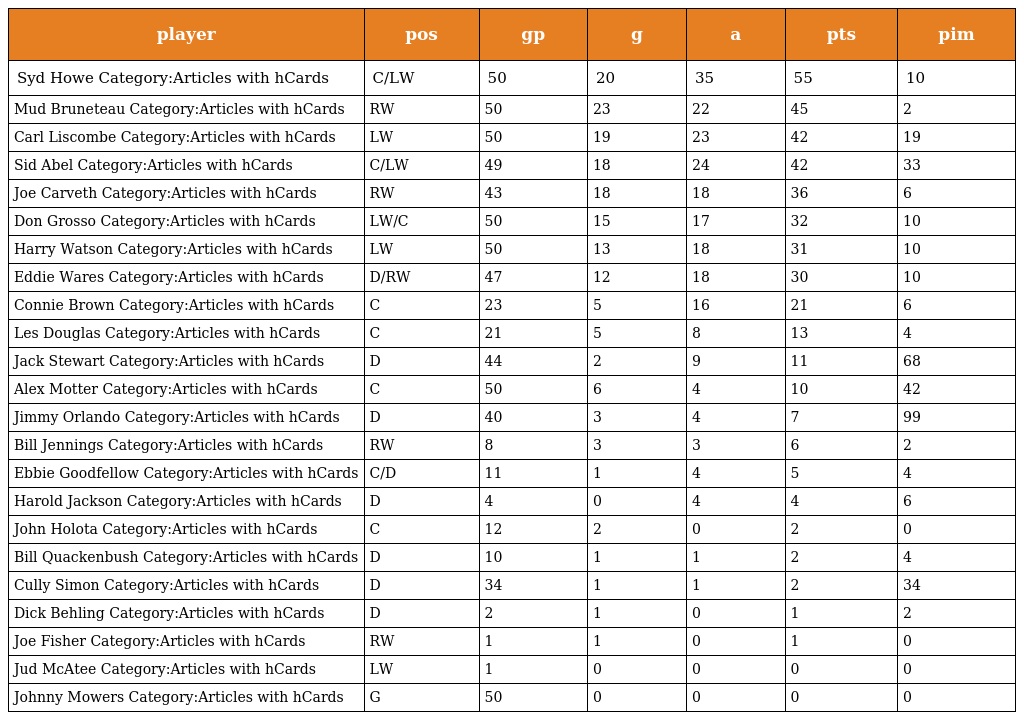
| player | pos | gp | g | a | pts | pim |
 | --- | --- | --- | --- | --- | --- | --- |
 | Syd Howe Category:Articles with hCards | C/LW | 50 | 20 | 35 | 55 | 10 |
 | Mud Bruneteau Category:Articles with hCards | RW | 50 | 23 | 22 | 45 | 2 |
 | Carl Liscombe Category:Articles with hCards | LW | 50 | 19 | 23 | 42 | 19 |
 | Sid Abel Category:Articles with hCards | C/LW | 49 | 18 | 24 | 42 | 33 |
 | Joe Carveth Category:Articles with hCards | RW | 43 | 18 | 18 | 36 | 6 |
 | Don Grosso Category:Articles with hCards | LW/C | 50 | 15 | 17 | 32 | 10 |
 | Harry Watson Category:Articles with hCards | LW | 50 | 13 | 18 | 31 | 10 |
 | Eddie Wares Category:Articles with hCards | D/RW | 47 | 12 | 18 | 30 | 10 |
 | Connie Brown Category:Articles with hCards | C | 23 | 5 | 16 | 21 | 6 |
 | Les Douglas Category:Articles with hCards | C | 21 | 5 | 8 | 13 | 4 |
 | Jack Stewart Category:Articles with hCards | D | 44 | 2 | 9 | 11 | 68 |
 | Alex Motter Category:Articles with hCards | C | 50 | 6 | 4 | 10 | 42 |
 | Jimmy Orlando Category:Articles with hCards | D | 40 | 3 | 4 | 7 | 99 |
 | Bill Jennings Category:Articles with hCards | RW | 8 | 3 | 3 | 6 | 2 |
 | Ebbie Goodfellow Category:Articles with hCards | C/D | 11 | 1 | 4 | 5 | 4 |
 | Harold Jackson Category:Articles with hCards | D | 4 | 0 | 4 | 4 | 6 |
 | John Holota Category:Articles with hCards | C | 12 | 2 | 0 | 2 | 0 |
 | Bill Quackenbush Category:Articles with hCards | D | 10 | 1 | 1 | 2 | 4 |
 | Cully Simon Category:Articles with hCards | D | 34 | 1 | 1 | 2 | 34 |
 | Dick Behling Category:Articles with hCards | D | 2 | 1 | 0 | 1 | 2 |
 | Joe Fisher Category:Articles with hCards | RW | 1 | 1 | 0 | 1 | 0 |
 | Jud McAtee Category:Articles with hCards | LW | 1 | 0 | 0 | 0 | 0 |
 | Johnny Mowers Category:Articles with hCards | G | 50 | 0 | 0 | 0 | 0 |